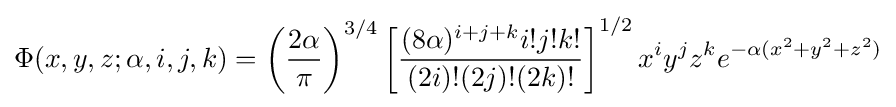
\Phi (x,y,z;\alpha ,i,j,k)=\left({\frac {2\alpha }{\pi }}\right)^{3/4}\left[{\frac {(8\alpha )^{i+j+k}i!j!k!}{(2i)!(2j)!(2k)!}}\right]^{1/2}x^{i}y^{j}z^{k}e^{-\alpha (x^{2}+y^{2}+z^{2})}